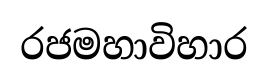
රජමහාවිහාර